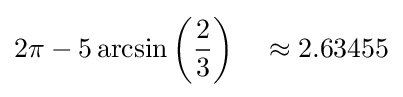
2\pi -5\arcsin \left({2 \over 3}\right)\quad \approx 2.63455